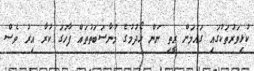
ކުޅިވަރުތަކުގައި ގައުމަށް ރީތި ނަން ހޯދުމުގެ މުނާސަބަތުތައް ފާހަގަ ކުރާ އިރު ވެސް